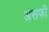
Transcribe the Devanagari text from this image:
असफी